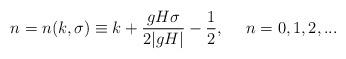
LaTeX: \begin{align*}n = n(k,\sigma) \equiv k + \frac{g H \sigma}{2 |g H|} - \frac{1}{2},~~~~n = 0, 1, 2, ...\end{align*}